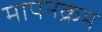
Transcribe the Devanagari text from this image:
मापनक्रम